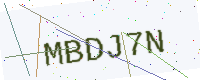
Text: MBDJ7N